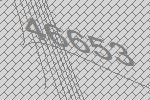
46653